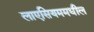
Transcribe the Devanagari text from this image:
लाएसियममधील